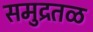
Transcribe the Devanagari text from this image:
समुद्रतळ